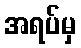
အရပ်မှ